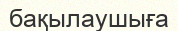
бақылаушыға